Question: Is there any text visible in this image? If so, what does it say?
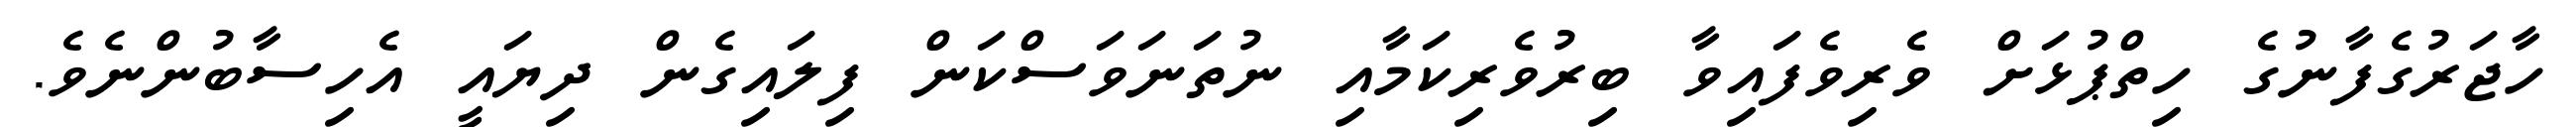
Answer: ހާޖަރުގެފާނުގެ ހިތްޕުޅަށް ވެރިވެފައިވާ ބިރުވެރިކަމާއި ނުތަނަވަސްކަން ފިލައިގެން ދިޔައީ އެހިސާބުންނެވެ.